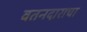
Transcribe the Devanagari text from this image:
वतनदाराचा